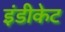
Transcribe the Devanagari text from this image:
इंडीकेट